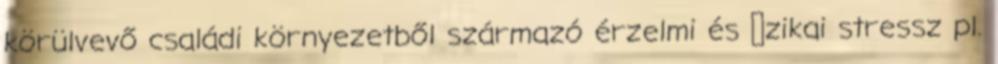
körülvevő családi környezetből származó érzelmi és ﬁzikai stressz pl.